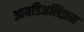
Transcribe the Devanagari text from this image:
आयडिअलिझम